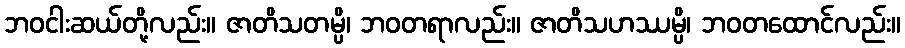
ဘဝငါးဆယ်တို့လည်း။ ဇာတိသတမ္ပိ၊ ဘဝတရာလည်း။ ဇာတိသဟဿမ္ပိ၊ ဘဝတထောင်လည်း။